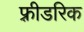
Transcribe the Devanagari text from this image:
फ़्रीडरिक